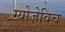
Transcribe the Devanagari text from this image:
ग्योज़ेविच